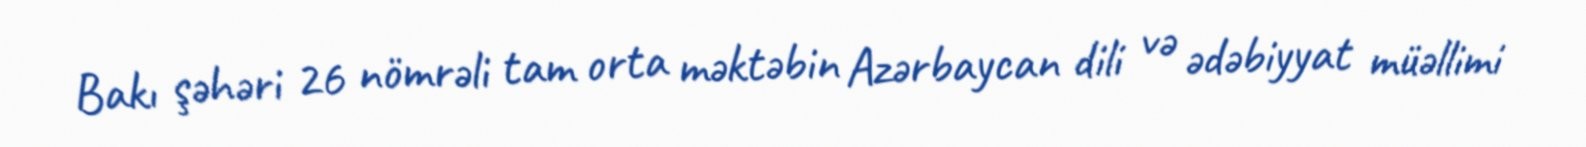
Bakı şəhəri 26 nömrəli tam orta məktəbin Azərbaycan dili və ədəbiyyat müəllimi